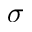
\sigma